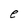
Character: e